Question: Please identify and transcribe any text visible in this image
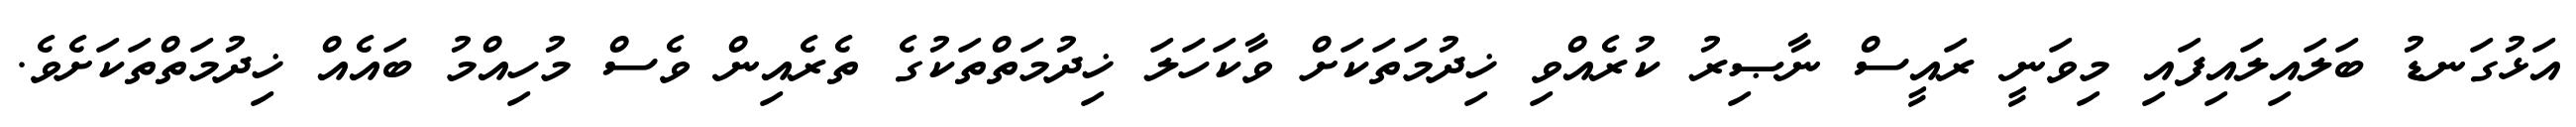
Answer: އަޅުގަނޑު ބަލައިލައިފައި މިވަނީ ރައީސް ނާޞިރު ކުރެއްވި ޚިދުމަތަކަށް ވާކަހަލަ ޚިދުމަތްތަކުގެ ތެރެއިން ވެސް މުހިއްމު ބައެއް ޚިދުމަތްތަކަށެވެ.